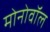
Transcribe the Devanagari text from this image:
मोनोवॉल